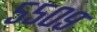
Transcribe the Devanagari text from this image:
५५०९